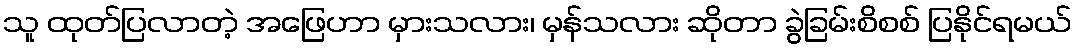
သူ ထုတ်ပြလာတဲ့ အဖြေဟာ မှားသလား၊ မှန်သလား ဆိုတာ ခွဲခြမ်းစိစစ် ပြနိုင်ရမယ်